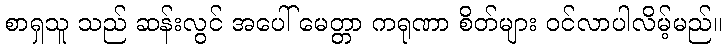
စာရှသူ သည် ဆန်းလွင် အပေါ် မေတ္တာ ကရုဏာ စိတ်များ ဝင်လာပါလိမ့်မည်။